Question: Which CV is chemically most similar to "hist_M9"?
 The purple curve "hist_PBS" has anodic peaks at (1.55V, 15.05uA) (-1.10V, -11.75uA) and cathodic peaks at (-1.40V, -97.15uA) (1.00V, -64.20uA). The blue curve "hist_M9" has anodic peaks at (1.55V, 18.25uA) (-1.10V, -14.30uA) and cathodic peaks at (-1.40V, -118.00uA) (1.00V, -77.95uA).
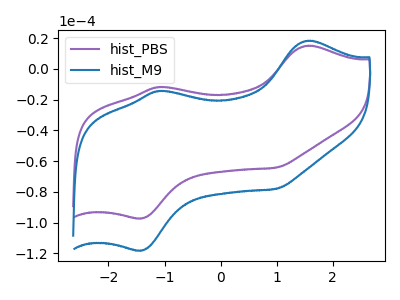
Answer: <think>All the peaks in "hist_PBS" have a peak in "hist_M9" at the same potential.
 </think>
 <answer>The CV with the most similar shape to "hist_PBS" is "hist_M9".</answer>
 <eval>"hist_M9"</eval>